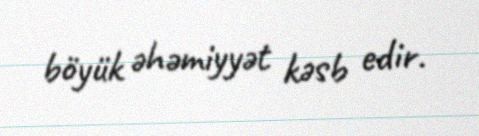
böyük əhəmiyyət kəsb edir.